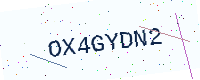
Text: OX4GYDN2